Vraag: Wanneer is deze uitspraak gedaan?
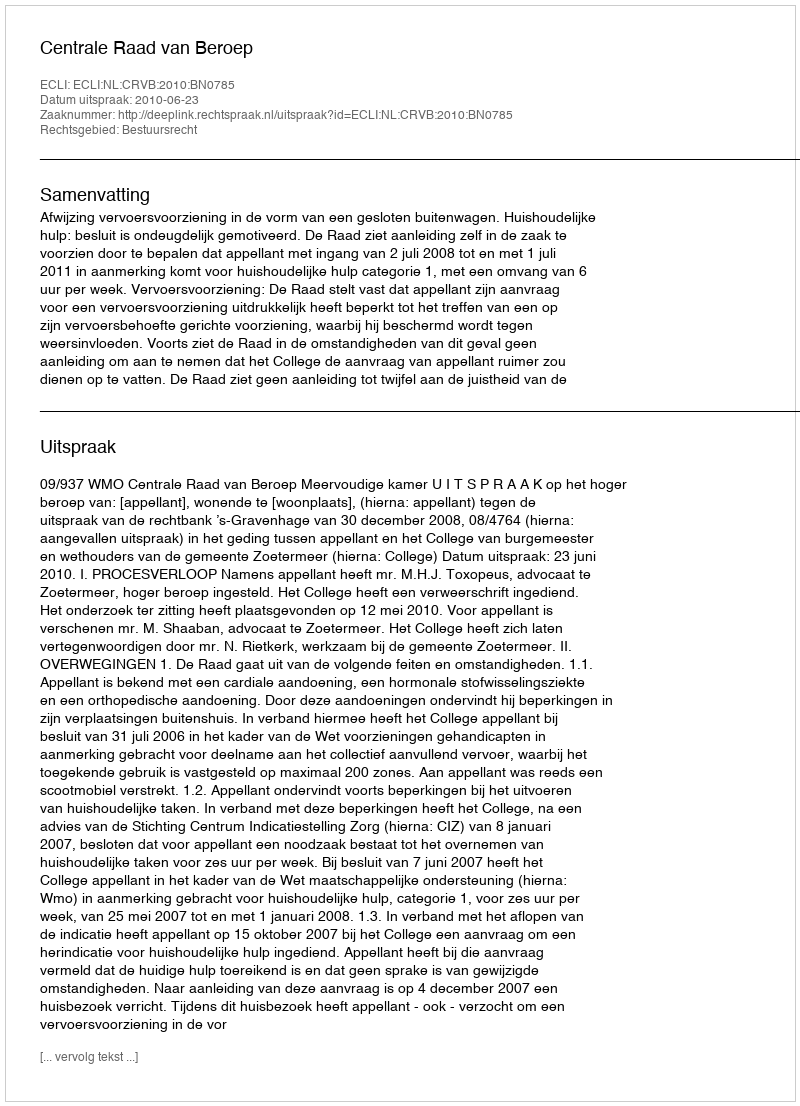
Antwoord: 2010-06-23